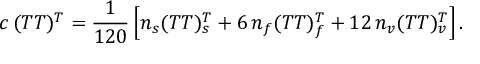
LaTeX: c \, ( T T ) ^ { T } = { \frac { 1 } { 1 2 0 } } \left[ n _ { s } ( T T ) _ { s } ^ { T } + 6 \, n _ { f } ( T T ) _ { f } ^ { T } + 1 2 \, n _ { v } ( T T ) _ { v } ^ { T } \right] .